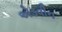
એડવીન